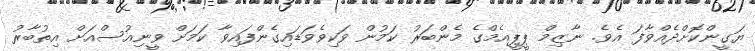
ޔަގީންކޮށްދެއްވާފަ އެވެ. ނާޒިމް ޕީޕީއެމްގެ މެންބަރު ކަމުން ވަކިވެވަޑައިގެންފައިވާ ކަމަށް ވީނިއުސްއަށް އިތުބާރު